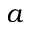
a